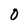
Character: O